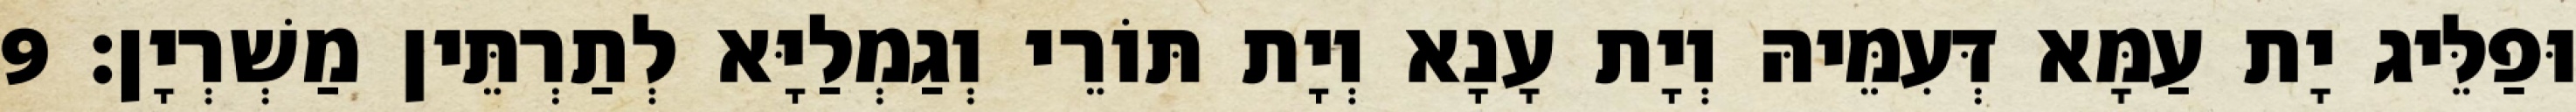
וּפַלֵּיג יָת עַמָּא דְּעִמֵּיהּ וְיָת עָנָא וְיָת תּוֹרֵי וְגַמְלַיָּא לְתַרְתֵּין מַשְׁרְיָן׃ 9